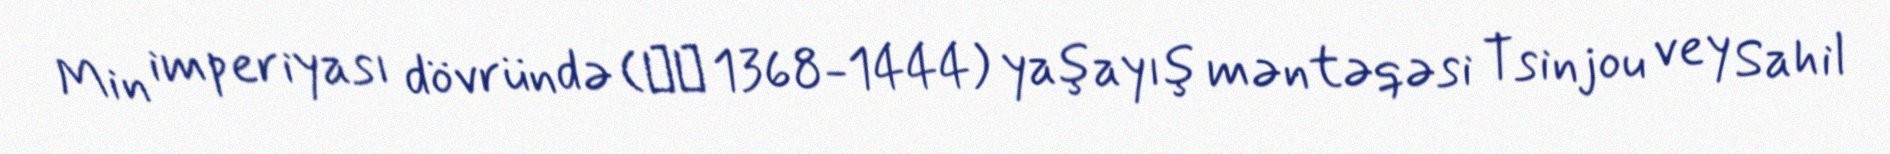
Min imperiyası dövründə (明朝 1368-1444) yaşayış məntəqəsi Tsinjou vey Sahil